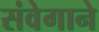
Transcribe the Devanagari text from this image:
संवेगाने